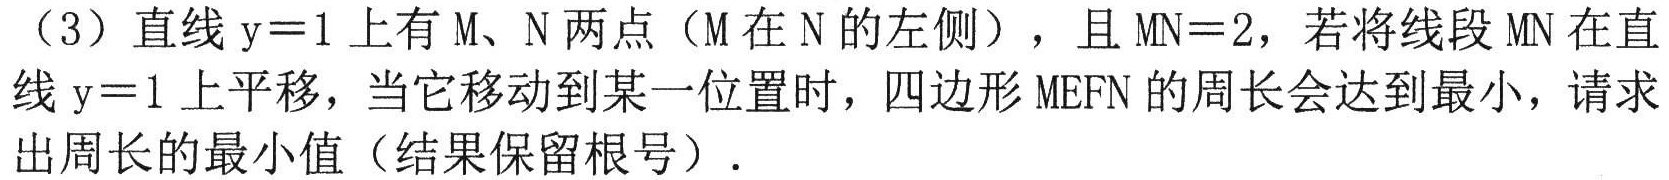
（3）直线\(y = 1\)上有\(M\)、\(N\)两点（\(M\)在\(N\)的左侧），且\(MN = 2\)，若将线段\(MN\)在直线\(y = 1\)上平移，当它移动到某一位置时，四边形\(MEFN\)的周长会达到最小，请求出周长的最小值（结果保留根号）．